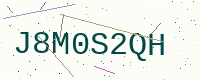
Text: J8M0S2QH